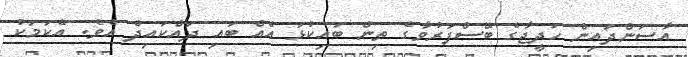
އާސަންދައިން ހަދީޖާގެ ބޭސްފަރުވާގެ ތިން ބައިކުޅަ އެއް ބައި ދައްކައިދެ އެވެ. އެކަމަކު